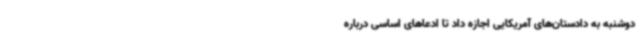
دوشنبه به دادستان‌های آمریکایی اجازه داد تا ادعاهای اساسی درباره